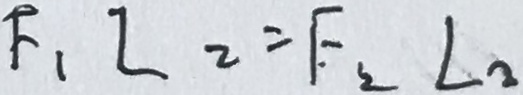
F _ { 1 } L _ { 2 } = F _ { 2 } L _ { 2 }